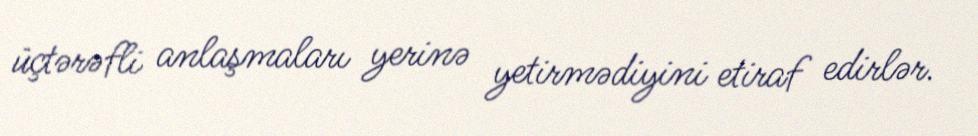
üçtərəfli anlaşmaları yerinə yetirmədiyini etiraf edirlər.